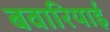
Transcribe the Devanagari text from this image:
बवारियाई